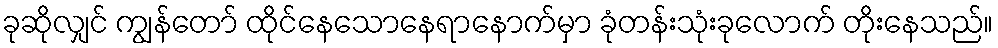
ခုဆိုလျှင် ကျွန်တော် ထိုင်နေသောနေရာနောက်မှာ ခုံတန်းသုံးခုလောက် တိုးနေသည်။